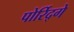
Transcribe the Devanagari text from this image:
पोर्रिद्गे